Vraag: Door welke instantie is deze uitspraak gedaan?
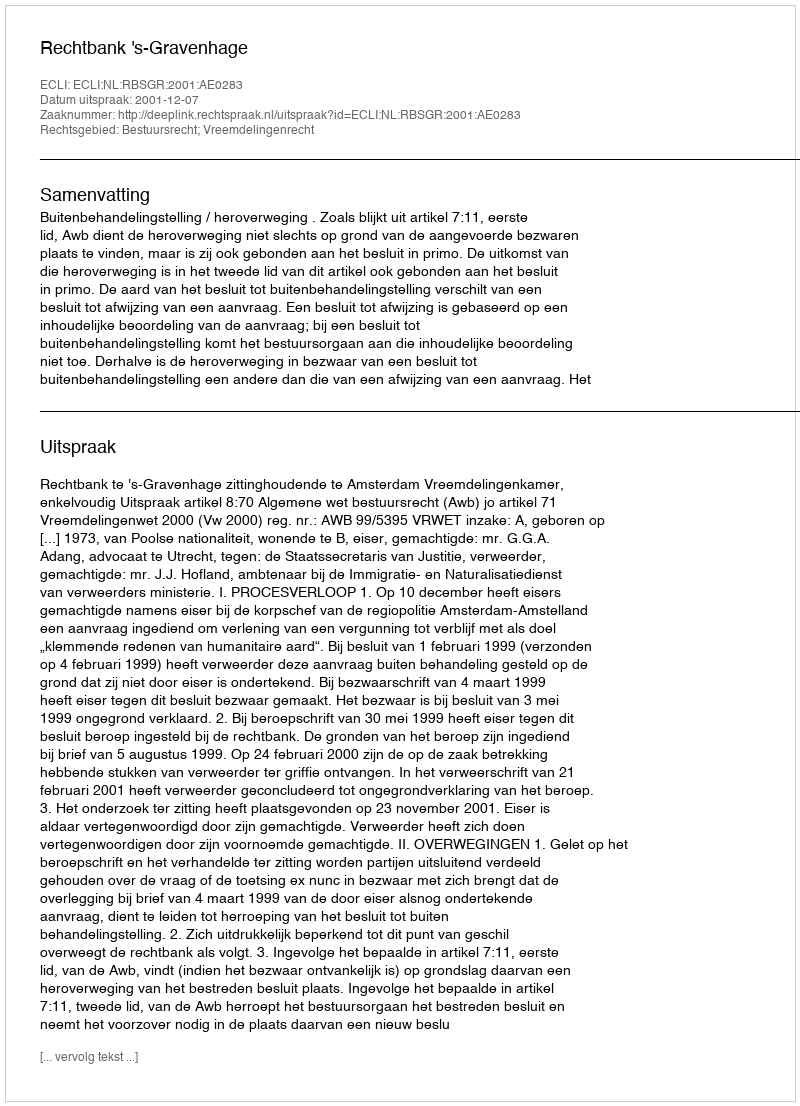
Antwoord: Rechtbank 's-Gravenhage